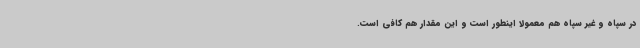
در سپاه و غیر سپاه هم معمولاً اینطور است و این مقدار هم کافی است.